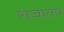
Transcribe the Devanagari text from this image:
राजातंत्र